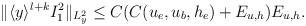
LaTeX: \begin{align*}\begin{aligned}\Vert \langle y\rangle^{l+k} I^2_{1}\Vert_{L^2_y} \leq C(C(u_e,u_b,h_e)+E_{u,h})E_{u,h}.\end{aligned}\end{align*}